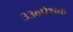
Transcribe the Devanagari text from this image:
३३०प्रेक्षक